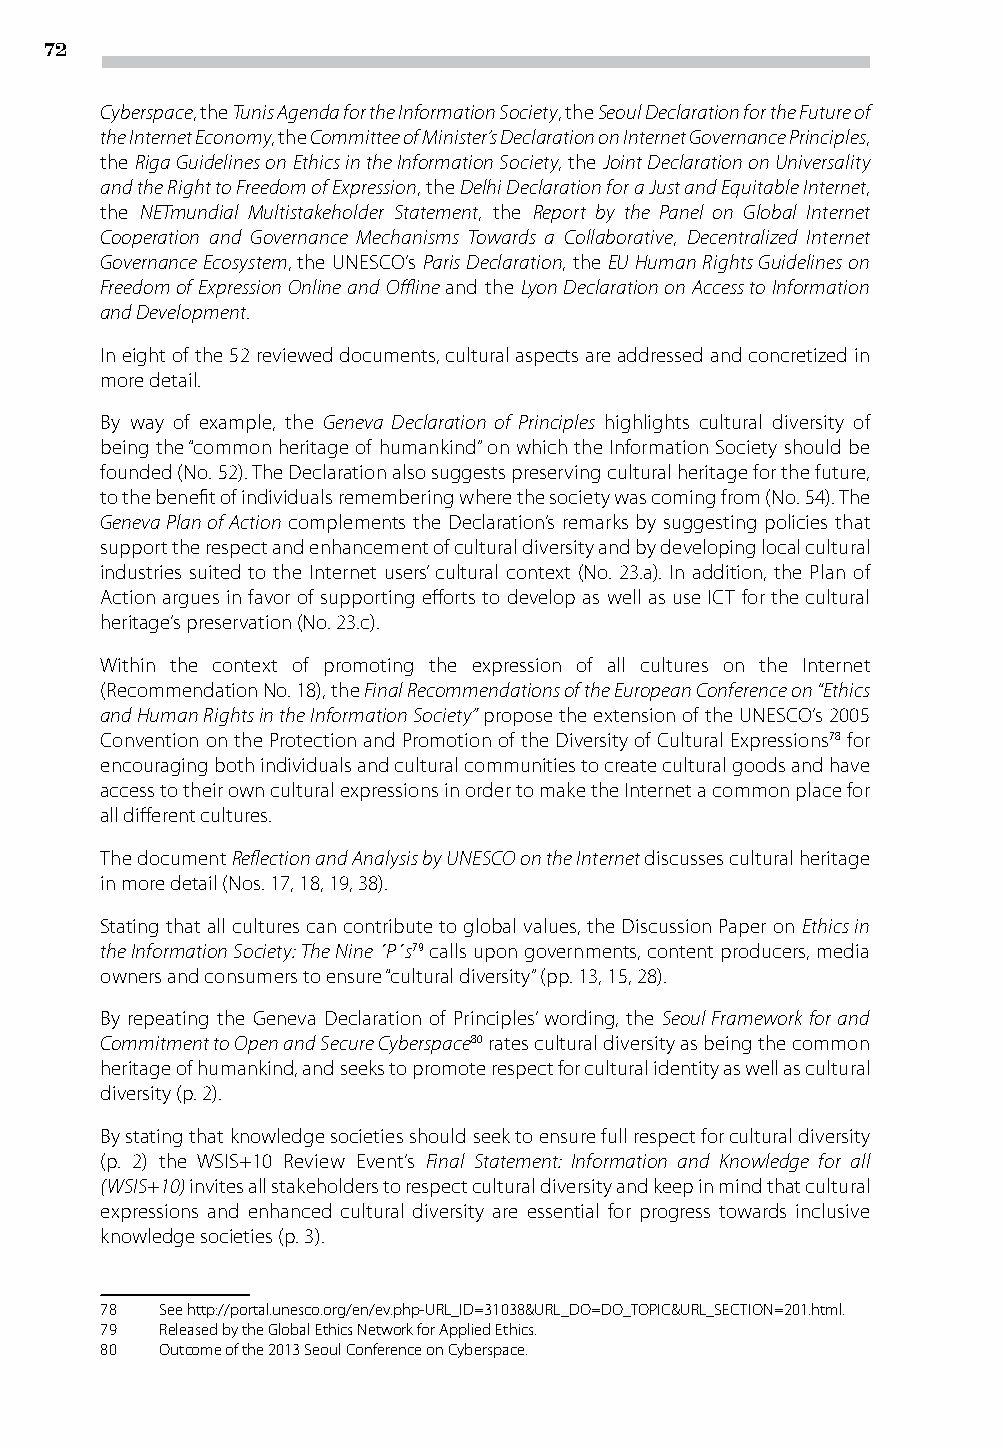
72
 Cyberspace, the Tunis Agenda for the Information Society, the Seoul Declaration for the Future of
 the Internet Economy, the Committee of Minister’s Declaration on Internet Governance Principles,
 the Riga Guidelines on Ethics in the Information Society, the Joint Declaration on Universality
 and the Right to Freedom of Expression, the Delhi Declaration for a Just and Equitable Internet,
 the NETmundial Multistakeholder Statement, the Report by the Panel on Global Internet
 Cooperation and Governance Mechanisms Towards a Collaborative, Decentralized Internet
 Governance Ecosystem, the UNESCO’s Paris Declaration, the EU Human Rights Guidelines on
 Freedom of Expression Online and Offline and the Lyon Declaration on Access to Information
 and Development.
 In eight of the 52 reviewed documents, cultural aspects are addressed and concretized in
 more detail.
 By way of example, the Geneva Declaration of Principles highlights cultural diversity of
 being the “common heritage of humankind” on which the Information Society should be
 founded (No. 52). The Declaration also suggests preserving cultural heritage for the future,
 to the benefit of individuals remembering where the society was coming from (No. 54). The
 Geneva Plan of Action complements the Declaration’s remarks by suggesting policies that
 support the respect and enhancement of cultural diversity and by developing local cultural
 industries suited to the Internet users’ cultural context (No. 23.a). In addition, the Plan of
 Action argues in favor of supporting efforts to develop as well as use ICT for the cultural
 heritage’s preservation (No. 23.c).
 Within the context of promoting the expression of all cultures on the Internet
 (Recommendation No. 18), the Final Recommendations of the European Conference on “Ethics
 and Human Rights in the Information Society” propose the extension of the UNESCO’s 2005
 Convention on the Protection and Promotion of the Diversity of Cultural Expressions78 for
 encouraging both individuals and cultural communities to create cultural goods and have
 access to their own cultural expressions in order to make the Internet a common place for
 all different cultures.
 The document Reflection and Analysis by UNESCO on the Internet discusses cultural heritage
 in more detail (Nos. 17, 18, 19, 38).
 Stating that all cultures can contribute to global values, the Discussion Paper on Ethics in
 the Information Society: The Nine ´P´s79 calls upon governments, content producers, media
 owners and consumers to ensure “cultural diversity” (pp. 13, 15, 28).
 By repeating the Geneva Declaration of Principles’ wording, the Seoul Framework for and
 Commitment to Open and Secure Cyberspace80 rates cultural diversity as being the common
 heritage of humankind, and seeks to promote respect for cultural identity as well as cultural
 diversity (p. 2).
 By stating that knowledge societies should seek to ensure full respect for cultural diversity
 (p. 2) the WSIS+10 Review Event’s Final Statement: Information and Knowledge for all
 (WSIS+10) invites all stakeholders to respect cultural diversity and keep in mind that cultural
 expressions and enhanced cultural diversity are essential for progress towards inclusive
 knowledge societies (p. 3).
 78  See http://portal.unesco.org/en/ev.php-URL_ID=31038&URL_DO=DO_TOPIC&URL_SECTION=201.html.
 79  Released by the Global Ethics Network for Applied Ethics.
 80  Outcome of the 2013 Seoul Conference on Cyberspace.